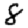
Digit: 8